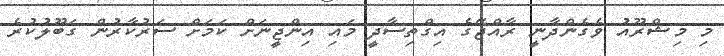
މި މިޝްރޫއު ވެގެންދާނީ ރާއްޖޭގެ އިގްތިސާދީ މައި އިންޖީނަށް ކަމަށް ސަރުކާރުން ގަބޫލުކުރެ